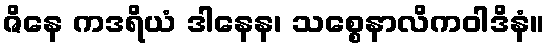
ဇိနေ ကဒရိယံ ဒါနေန၊ သစ္စေနာလိကဝါဒိနံ။